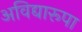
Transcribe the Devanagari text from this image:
अविद्यारूपा